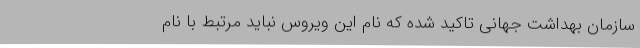
سازمان بهداشت جهانی تاکید شده که نام این ویروس نباید مرتبط با نام